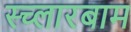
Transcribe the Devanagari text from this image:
स्च्लारबाम